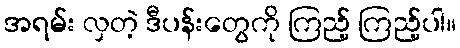
အရမ်း လှတဲ့ ဒီပန်းတွေကို ကြည့် ကြည့်ပါ။